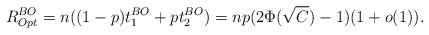
\begin{align*} R_{Opt}^{BO}=n((1-p)t_1^{BO}+pt_2^{BO})=np(2\Phi(\sqrt{C})-1)(1+o(1)). \end{align*}